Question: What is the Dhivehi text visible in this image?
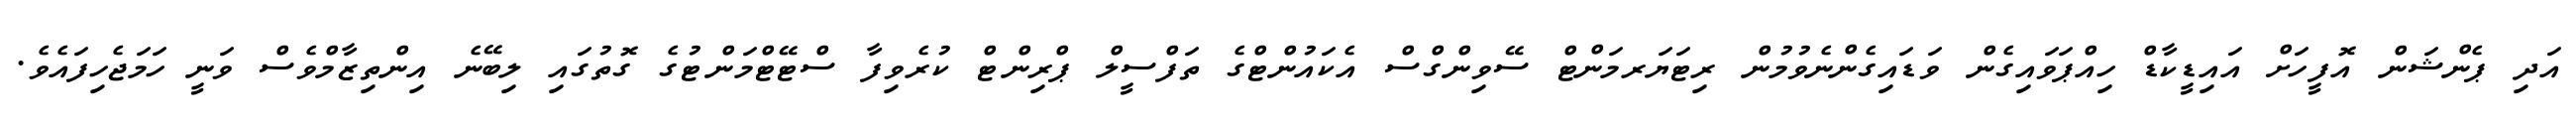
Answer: އަދި ޕެންޝަން އޮފީހަށް އައިޑީކާޑް ހިއްޕަވައިގެން ވަޑައިގެންނެވުމުން ރިޓަޔަރމަންޓް ސޭވިންގްސް އެކައުންޓްގެ ތަފްސީލް ޕްރިންޓް ކުރެވިފާ ސްޓޭޓްމަންޓުގެ ގޮތުގައި ލިބޭނެ އިންތިޒާމްވެސް ވަނީ ހަމަޖެހިފައެވެ.